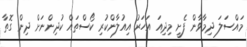
މައްސަލަ ދިމާވާން ފެށީ މިދިއަ އަހަރު އިއުލާންކުރި ކޯސްތައް ކުދިންނަށް ދިން ގޮތާ